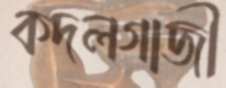
কদলগাজী